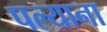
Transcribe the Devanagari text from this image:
पल्याना